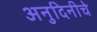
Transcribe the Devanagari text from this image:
अनुदिनीचे